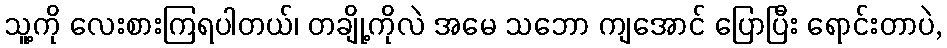
သူ့ကို လေးစားကြရပါတယ်၊ တချို့ကိုလဲ အမေ သဘော ကျအောင် ပြောပြီး ရောင်းတာပဲ,